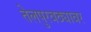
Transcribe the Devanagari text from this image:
तेलपुरवठ्यावर